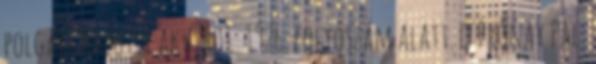
polgári halotti akv. 401 1926. folyószám alatt. ↑ Prónay Pál: